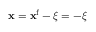
{ \bf x } = { \bf x } ^ { \mathrm { f } } - \boldsymbol \xi = - \boldsymbol \xi